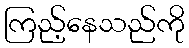
ကြည့်နေသည်ကို